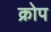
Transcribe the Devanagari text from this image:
क्रोप